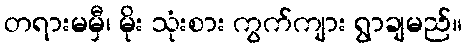
တရားမမှီ၊ မိုး သုံးစား ကွက်ကျား ရွာချမည်။